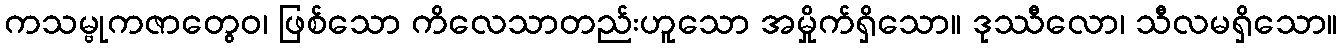
ကသမ္ဗုကဇာတွေဝ၊ ဖြစ်သော ကိလေသာတည်းဟူသော အမှိုက်ရှိသော။ ဒုဿီလော၊ သီလမရှိသော။